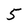
Character: 5